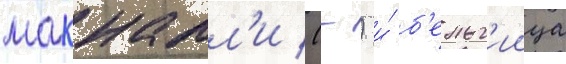
макналл'и (-) и́ б'ельг'иица